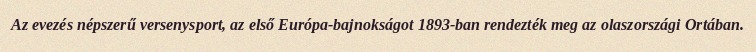
Az evezés népszerű versenysport, az első Európa-bajnokságot 1893-ban rendezték meg az olaszországi Ortában.